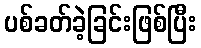
ပစ်ခတ်ခဲ့ခြင်းဖြစ်ပြီး